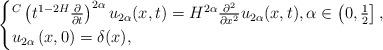
LaTeX: \begin{align*}\begin{cases}{}^C\left(t^{1-2H}\frac{\partial}{\partial t}\right)^{2\alpha} u_{2\alpha}(x,t)= H^{2\alpha}\frac{\partial^2}{\partial x^2}u_{2\alpha}(x,t),\alpha \in \left(0,\frac{1}{2}\right],\\u_{2\alpha}\left(x,0\right)=\delta(x),\end{cases}\end{align*}